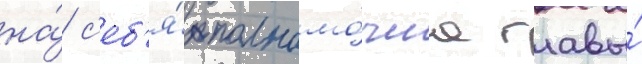
на́ с'еб'я́ полномо́чиа главы́